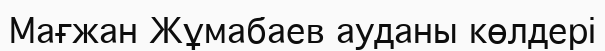
Мағжан Жұмабаев ауданы көлдері